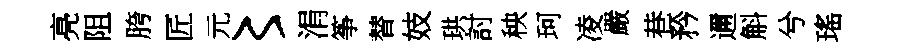
亮阻胯匠元〻涓筝替妓珙討秧珂凌嚴巷矜邇斛兮瑤